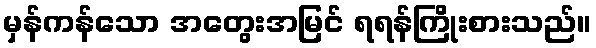
မှန်ကန်သော အတွေးအမြင် ရရန်ကြိုးစားသည်။